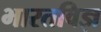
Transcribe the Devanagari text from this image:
भारतविज्ञ